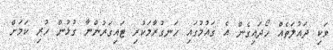
ވަކި ދައުލަތެއް ހޯދައިގެން އެ ގައުމުގައި ހަނގުރާމަކުރި ޓައިގަރުންނާ ގުޅުން ހުރި ކަމަށް